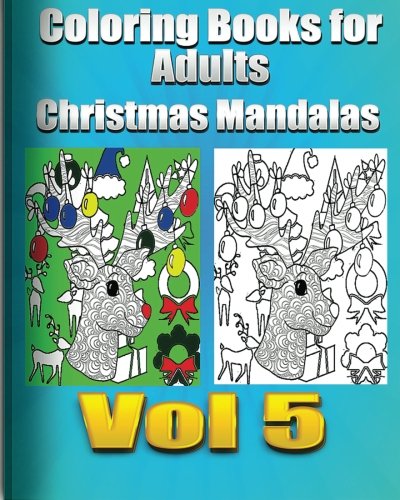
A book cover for Coloring Books For Adults Christmas Mandalas Vol5 (Holiday Mandalas ); Coloring Book Fun; Comics & Graphic Novels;